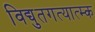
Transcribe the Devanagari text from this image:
विद्युतगत्यात्म्क